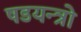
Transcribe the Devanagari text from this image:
षडयन्त्रो